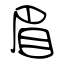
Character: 眉